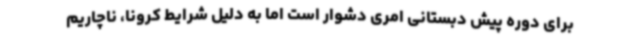
برای دوره پیش دبستانی امری دشوار است اما به دلیل شرایط کرونا، ناچاریم